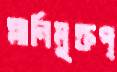
গ্লানিমুক্তপ্